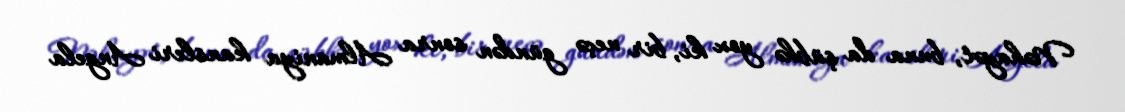
Nəhayət, buna da şübhə yox ki, bir neçə gündən sonra Almaniya kansleri Angela